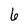
Character: 6